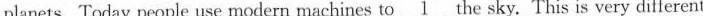
planets. Today people use modern machines to